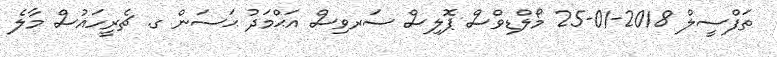
ތަފްސީލް 2018-01-25 މޯލްޑިވްސް ޕޮލިސް ސަރވިސް އަޙްމަދު ޙަސަން ގ. ޗެރީހައުސް މާލެ